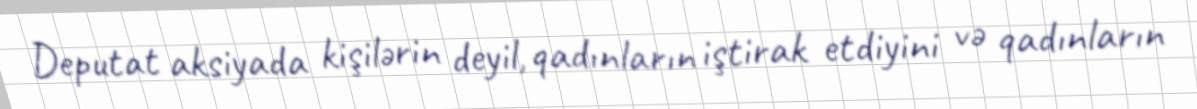
Deputat aksiyada kişilərin deyil, qadınların iştirak etdiyini və qadınların